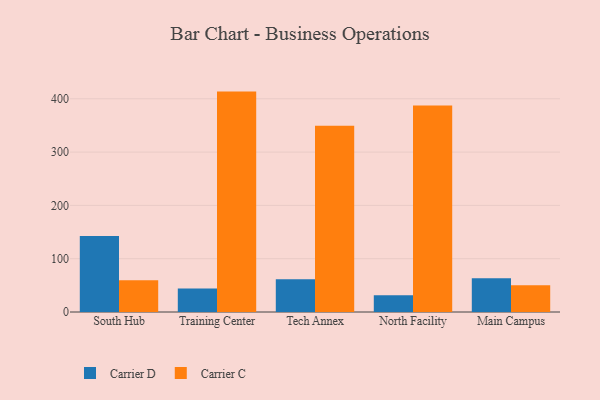
{"axis": {"x": "Campus", "y": "Temperature (°C)"}, "legend": ["Carrier C", "Carrier D"], "data": [{"x": "South Hub", "y": 142.4, "type": "Carrier D"}, {"x": "South Hub", "y": 59.6, "type": "Carrier C"}, {"x": "Training Center", "y": 44.2, "type": "Carrier D"}, {"x": "Training Center", "y": 413.5, "type": "Carrier C"}, {"x": "Tech Annex", "y": 61.4, "type": "Carrier D"}, {"x": "Tech Annex", "y": 349.2, "type": "Carrier C"}, {"x": "North Facility", "y": 31.3, "type": "Carrier D"}, {"x": "North Facility", "y": 387.4, "type": "Carrier C"}, {"x": "Main Campus", "y": 63.3, "type": "Carrier D"}, {"x": "Main Campus", "y": 50.0, "type": "Carrier C"}]}